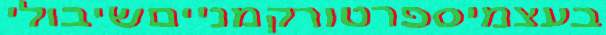
בעצמיספרטורקמנייםשיבולי